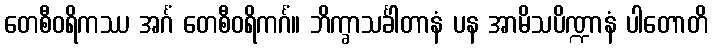
တေစီဝရိကဿ အင်္ဂံ တေစီဝရိကင်္ဂံ။ ဘိက္ခာသင်္ခါတာနံ ပန အာမိသပိဏ္ဍာနံ ပါတောတိ